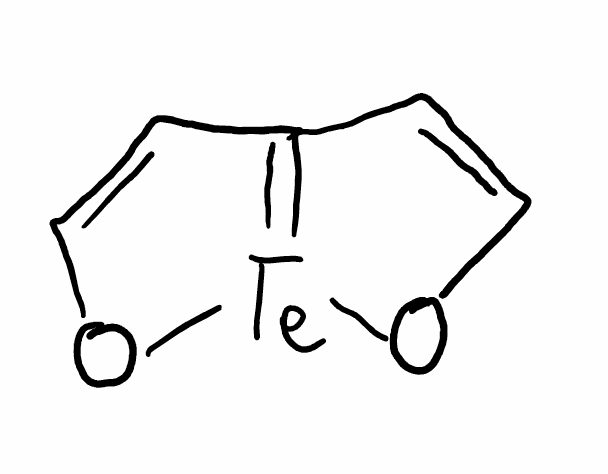
Simplified molecular-input line-entry system (SMILES) notation of the given molecule:
C1=CO[Te]2=C1C=CO2